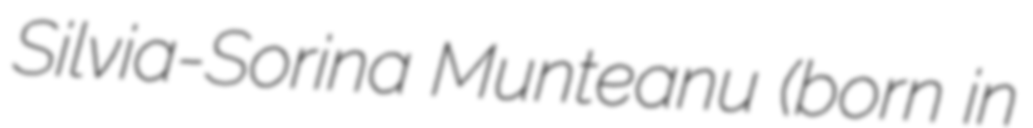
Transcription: Silvia-Sorina Munteanu (born in